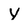
Character: Y